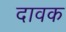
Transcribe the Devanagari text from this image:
दावक